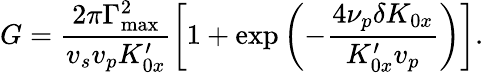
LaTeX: G=\frac{2\pi\Gamma_{\mathrm{max}}^{2}}{v_{s}v_{p}K_{0x}^{\prime}}\left[1+\exp\left(-\frac{4\nu_{p}\delta K_{0x}}{K_{0x}^{\prime}v_{p}}\right)\right].